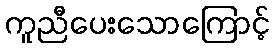
ကူညီပေးသောကြောင့်